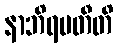
နာဘိရမတီတိ